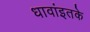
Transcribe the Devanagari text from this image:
धावांइतके